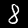
Label: 8